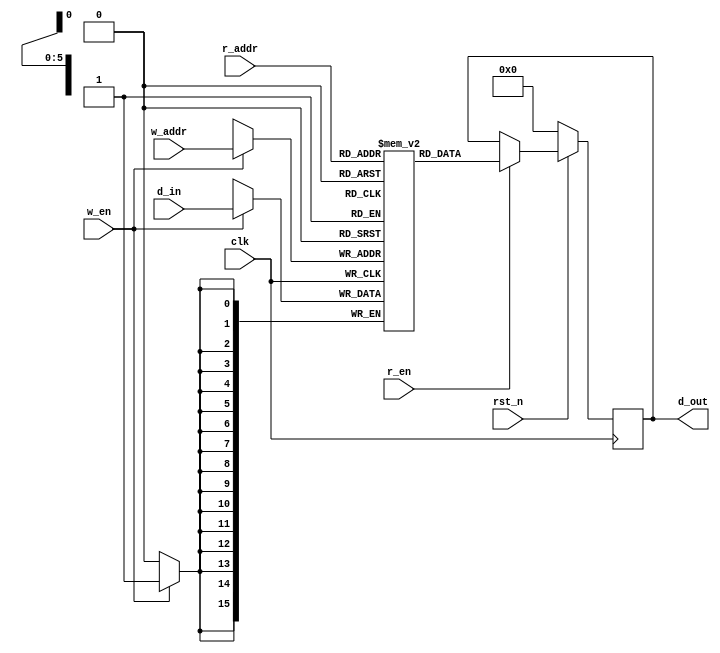
module mem8
#(
	parameter WIDTH_X = 16
)
(   
	input wire clk, rst_n, 
	input wire w_en, r_en,
	input wire [5:0] w_addr, 
    input wire [5:0] r_addr,
    input wire signed [WIDTH_X-1:0] d_in, 
    output reg signed [WIDTH_X-1:0] d_out
);  

reg signed [WIDTH_X-1:0] memory8[63:0];

always @(posedge clk) begin
  if (w_en==1)
     memory8[w_addr] <= d_in;  
end

always @(posedge clk ) begin
    if (!rst_n) begin
       d_out <= 16'b0;
    end else if(r_en) begin
       d_out <= memory8[r_addr];
    end else begin
      d_out <= d_out;
    end 
end

endmodule